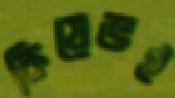
কিয়েভই